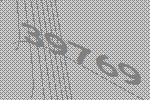
39769